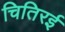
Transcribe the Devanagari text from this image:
चितिरई